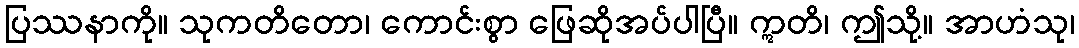
ပြဿနာကို။ သုကတိတော၊ ကောင်းစွာ ဖြေဆိုအပ်ပါပြီ။ ဣတိ၊ ဤသို့။ အာဟံသု၊